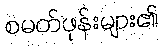
စမတ်ဖုန်းများ၏